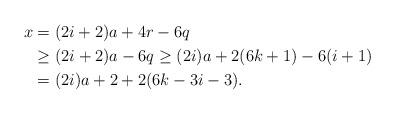
LaTeX: \begin{align*}x & = (2i+2) a + 4 r - 6 q \\& \geq (2i+2) a - 6 q \geq (2 i) a + 2 (6 k +1) - 6 (i +1)\\& = (2i) a + 2 + 2 (6k -3 i -3).\end{align*}